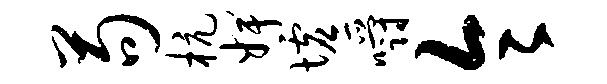
苟杭婢墟嚼令